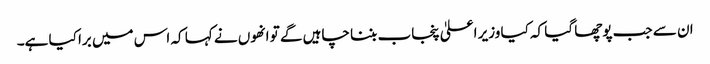
ان سے جب پوچھا گیا کہ کیا وزیر اعلیٰ پنجاب بننا چاہیں گے تو انھوں نے کہا کہ اس میں برا کیا ہے۔